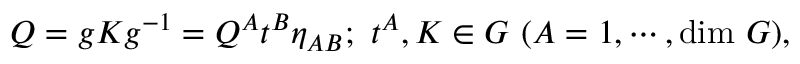
Q = g K g ^ { - 1 } = Q ^ { A } t ^ { B } \eta _ { A B } ; ~ t ^ { A } , K \in { \cal G } ~ ( A = 1 , \cdots , \mathrm { d i m } ~ { \cal G } ) ,